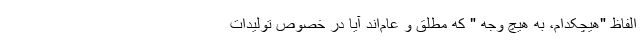
الفاظ "هیچکدام، به هیچ وجه " که مطلق و عام‌اند آیا در خصوص تولیدات